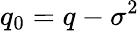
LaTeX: q_{0}=q-\sigma^{2}